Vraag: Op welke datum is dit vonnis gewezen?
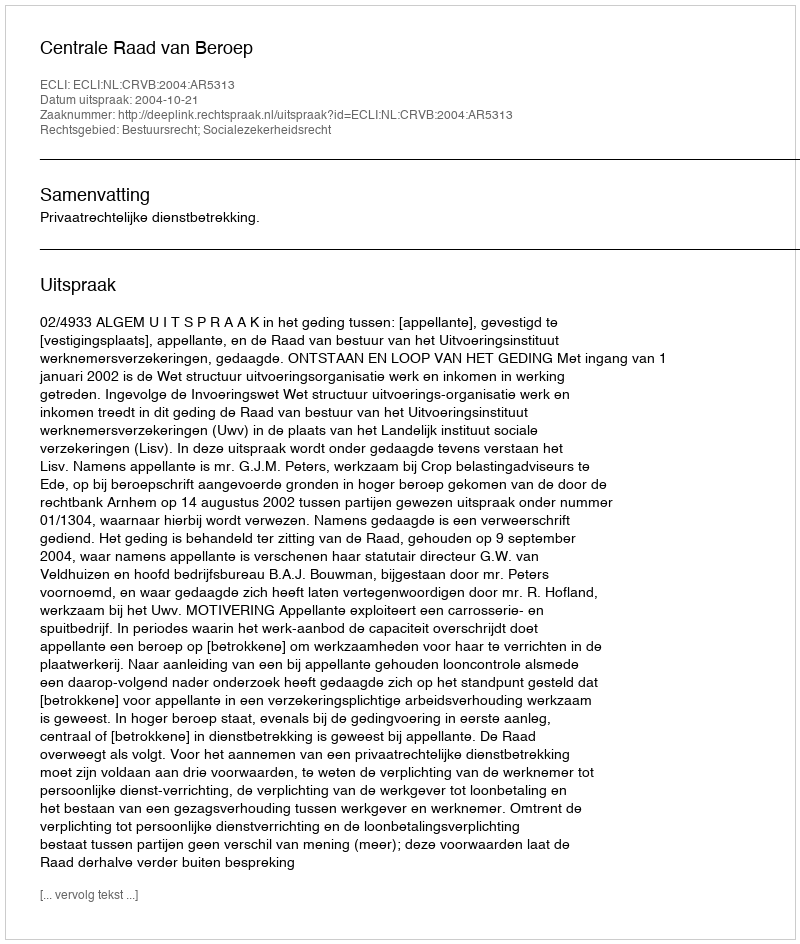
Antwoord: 2004-10-21